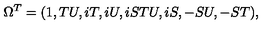
\Omega ^ { T } = ( 1 , T U , i T , i U , i S T U , i S , - S U , - S T ) ,